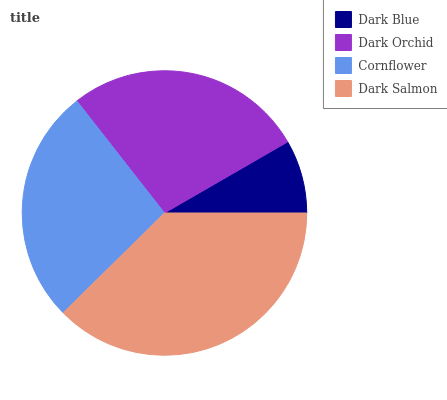
| Dark Blue | Dark Orchid | Cornflower | Dark Salmon |
 | --- | --- | --- | --- |
 | 8.34% | 27.3% | 26.8% | 37.6% |